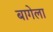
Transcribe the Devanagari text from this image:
बागेला